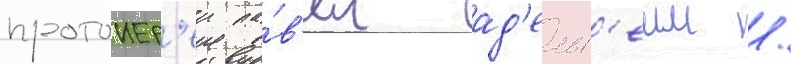
протоиер'еи па́в'ел ад'ельг'еим /